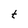
Character: t